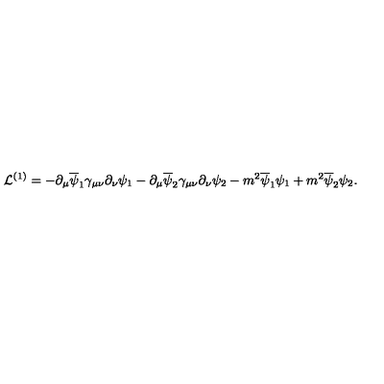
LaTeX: { \cal L } ^ { ( 1 ) } = - \partial _ { \mu } \overline { \psi } _ { 1 } \gamma _ { \mu \nu } \partial _ { \nu } \psi _ { 1 } - \partial _ { \mu } \overline { \psi } _ { 2 } \gamma _ { \mu \nu } \partial _ { \nu } \psi _ { 2 } - m ^ { 2 } \overline { \psi } _ { 1 } \psi _ { 1 } + m ^ { 2 } \overline { \psi } _ { 2 } \psi _ { 2 } .